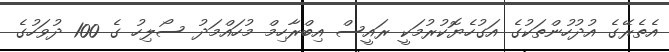
އެތެރޭގެ އުދުހުންތަކުގެ އަގުހެޔޮކުރުމަކީ ރައީސް އިބްރާހިމް މުހައްމަދު ސޯލިހު ގެ 100 ދުވަހުގެ